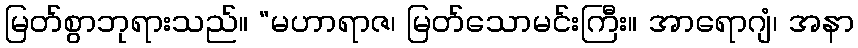
မြတ်စွာဘုရားသည်။ “မဟာရာဇ၊ မြတ်သောမင်းကြီး။ အာရောဂျံ၊ အနာ